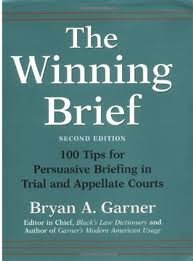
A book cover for The Winning Brief: 100 Tips for Persuasive Briefing in Trial and Appellate Courts 2nd (second) edition; Bryan A. Garner; Law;